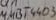
Text: Q1 MMBT4403